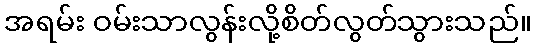
အရမ်း ဝမ်းသာလွန်းလို့စိတ်လွတ်သွားသည်။